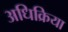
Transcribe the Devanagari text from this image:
अधिक्रिया